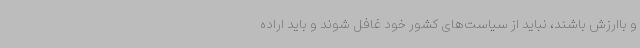
و باارزش باشند، نباید از سیاست‌های کشور خود غافل شوند و باید اراده